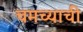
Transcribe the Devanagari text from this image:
चमच्याची